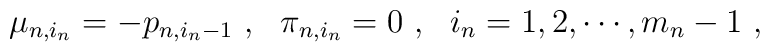
\mu_{n,i_n}=-p_{n,i_n-1}\ ,\ \ \pi_{n,i_n}=0\ ,\ \ i_n=1,2,\cdots,m_n-1\ ,